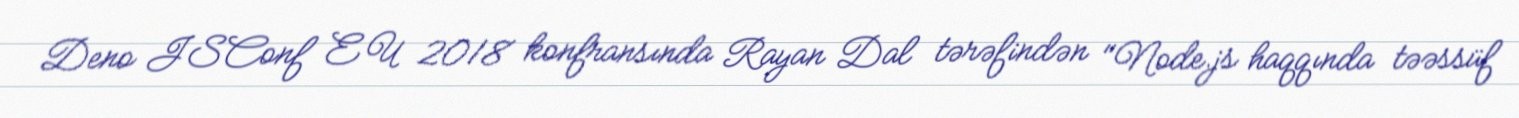
Deno JSConf EU 2018 konfransında Rayan Dal tərəfindən "Node.js haqqında təəssüf